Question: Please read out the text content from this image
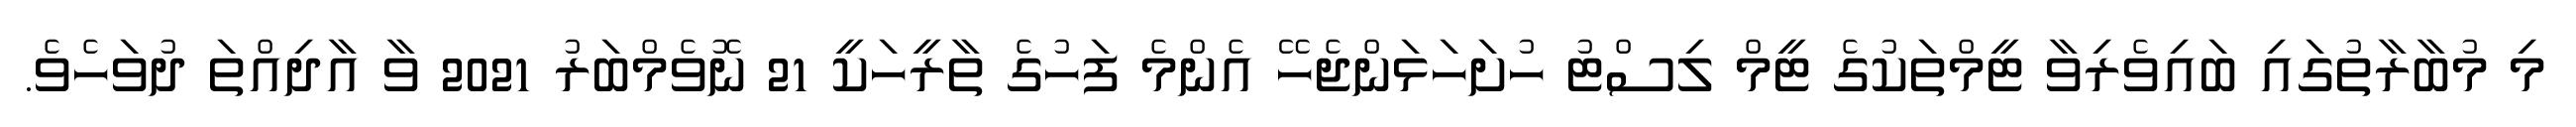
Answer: މި މުބާރާތުގައި ބައިވެރިވާ ޓީމްތަކުގެ ޓީމް ލިސްޓު ހުށަހަޅަންޖެހޭ އެންމެ ފަހުގެ ތާރީހަކީ 21 ނޮވެމްބަރު 2021 ވާ އާދިއްތަ ދުވަހެވެ.